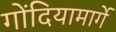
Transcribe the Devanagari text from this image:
गोंदियामार्गे